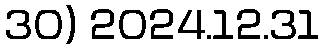
30) 2024.12.31